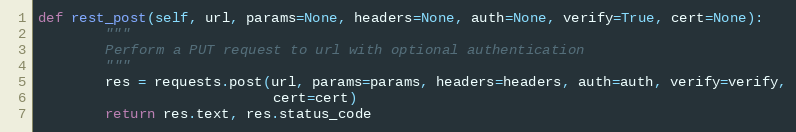
Language: Python
def rest_post(self, url, params=None, headers=None, auth=None, verify=True, cert=None):
        """
        Perform a PUT request to url with optional authentication
        """
        res = requests.post(url, params=params, headers=headers, auth=auth, verify=verify,
                            cert=cert)
        return res.text, res.status_code